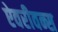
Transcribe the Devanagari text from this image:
ऐवरीवन्स